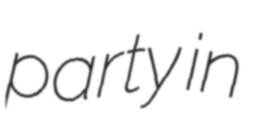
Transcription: party in